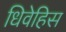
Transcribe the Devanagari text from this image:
धिवेहिस